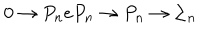
LaTeX: 0 \rightarrow P _ { n } e P _ { n } \rightarrow P _ { n } \rightarrow \Sigma _ { n }